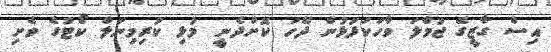
އިސް ގާޒީގެ ޖުމްލަ ވާހަކަފުޅުން ދޭހަ ކޮށްދެނީ މުޅި ކުރިމިނަލް ކޯޓުގެ ވެށި